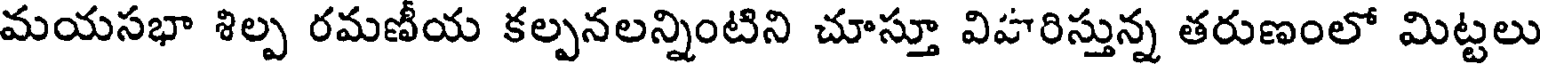
మయసభా శిల్ప రమణీయ కల్పనలన్నింటిని చూస్తూ విహరిస్తున్న తరుణంలో మిట్టలు